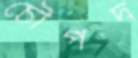
চৌপদ